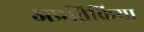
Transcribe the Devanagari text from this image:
अप्रतिक्रिया